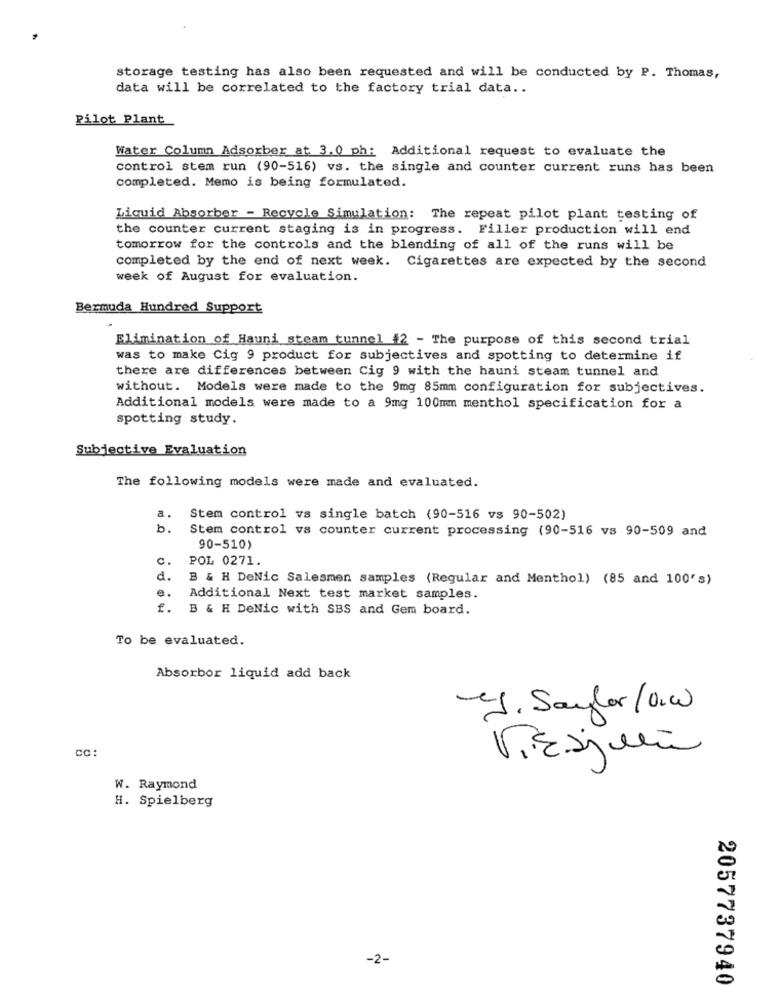
storage testing has also been requested and will be conducted by P. Thomas,
data will be correlated to the factory trial data ..
Pilot Plant
Water Column Adsorber at 3.0 ph: Additional request to evaluate the
control stem run (90-516) vs. the single and counter current runs has been
completed. Memo is being formulated.
Liquid Absorber - Recycle Simulation: The repeat pilot plant testing of
the counter current staging is in progress. Filler production will end
tomorrow for the controls and the blending of all of the runs will be
completed by the end of next week. Cigarettes are expected by the second
week of August for evaluation.
Bermuda Hundred Support
Elimination of Hauni steam tunnel #2 - The purpose of this second trial
was to make Cig 9 product for subjectives and spotting to determine if
there are differences between Cig 9 with the hauni steam tunnel and
without. Models were made to the 9mg 85mm configuration for subjectives.
Additional models were made to a 9mg 100mm menthol specification for a
spotting study.
Subjective Evaluation
The following models were made and evaluated.
a.
Stem control vs single batch (90-516 vs 90-502)
b.
Stem control vs counter current processing (90-516 vs 90-509 and
90-510)
c .
POL 0271.
d.
B & H DeNic Salesmen samples (Regular and Menthol) (85 and 100's)
e.
Additional Next test market samples.
f.
B & H DeNic with SBS and Gem board.
To be evaluated.
Absorbor liquid add back
ej. Saylor/O.w
cc:
W. Raymond
H. Spielberg
-2-
2057737940